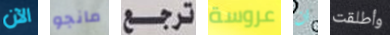
الآن مانجو ترجع عروسة ان وأطلقت